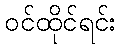
ဝင်ထိုင်ရင်း